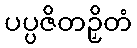
ပပ္ပဇိတဉှိတံ